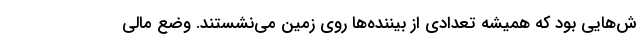
ش‌هایی بود که همیشه تعدادی از بیننده‌ها روی زمین می‌نشستند. وضع مالی